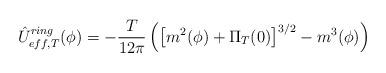
LaTeX: \begin{align*}\hat U_{eff,T}^{ring}(\phi )=-\frac T{12\pi }\left( \left[ m^2(\phi )+\Pi_T(0)\right] ^{3/2}-m^3(\phi )\right)\end{align*}